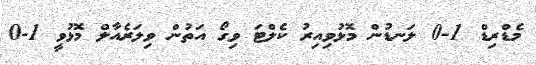
މެޑްރިޑް 1-0 ލަނޑުން މޮޅުވިއިރު ކެލްޓަ ވިގޯ އަތުން ވިލަރެއާލް މޮޅުވީ 1-0